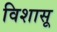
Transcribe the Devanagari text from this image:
विशासू